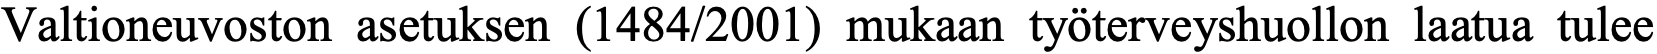
Valtioneuvoston asetuksen (1484/2001) mukaan työterveyshuollon laatua tulee